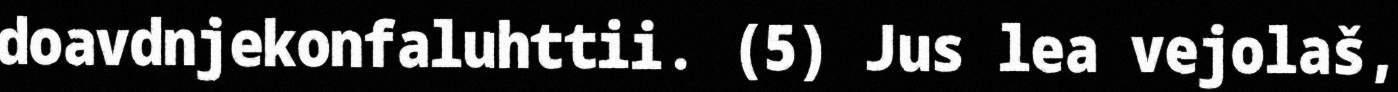
doavdnjekonfaluhttii. (5) Jus lea vejolaš,